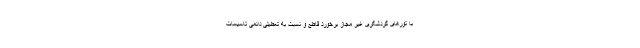
با تورهای گردشگری غیر مجاز برخورد قاطع و نسبت به تعطیلی دائمی تاسیسات